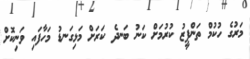
މަރުގެ ހުކުމް ތަންފީޒު ކުރުމަށް ކަނު ބަނދެ ކަރަށް މަޅިގަނޑު މަހާފައި ވަނިކޮށް